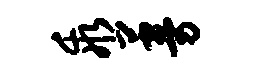
乖蔓